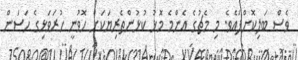
ވެސް ބަލިކޮށްފައެވެ. މި މެޗުގެ އެންމެ މޮޅު ކުޅުންތެރިޔަކަށް ހޮވުނީ ހުރަވަޅިގެ ހަސަން